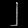
Digit: ၂